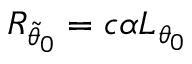
R _ { \tilde { \theta } _ { 0 } } = c \alpha L _ { \theta _ { 0 } }